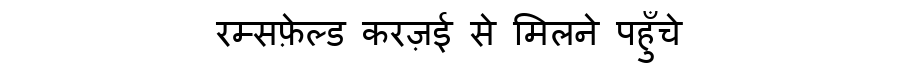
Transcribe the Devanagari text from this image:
रम्सफ़ेल्ड करज़ई से मिलने पहुँचे